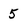
Character: 5